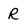
Character: R